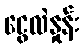
ငွေလဲနှုန်း